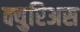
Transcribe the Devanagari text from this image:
क्युरिअस